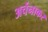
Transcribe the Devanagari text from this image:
अर्चनाकर